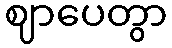
ဈာပေတွာ